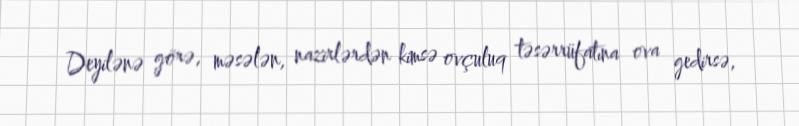
Deyilənə görə, məsələn, nazirlərdən kimsə ovçuluq təsərrüfatına ova gedirsə,